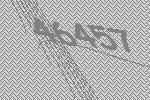
46457